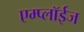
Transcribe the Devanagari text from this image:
एम्प्लॉईज